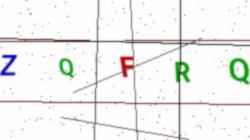
Text: ZQFRQ